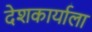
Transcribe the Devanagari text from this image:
देशकार्याला